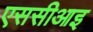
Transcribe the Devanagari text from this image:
एससीआइ